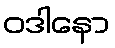
ဝဒါနော